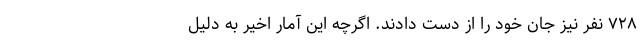
۷۲۸ نفر نیز جان خود را از دست دادند. اگرچه این آمار اخیر به دلیل‌